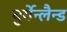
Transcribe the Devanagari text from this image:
बुर्गेन्लैन्ड